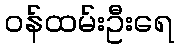
ဝန်ထမ်းဦးရေ